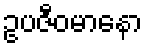
ဥပဇီဝမာနော